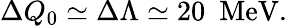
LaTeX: \Delta Q_{0}\simeq\Delta\Lambda\simeq 20\ \ \mathrm{MeV}.